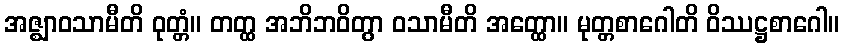
အဇ္ဈာဝသာမီတိ ဝုတ္တံ။ တတ္ထ အဘိဘဝိတွာ ဝသာမီတိ အတ္ထော။ မုတ္တစာဂေါတိ ဝိဿဋ္ဌစာဂေါ။